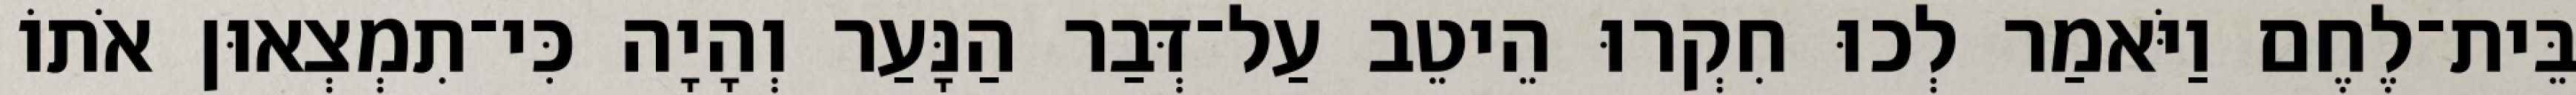
בֵּית־לֶחֶם וַיֹּאמַר לְכוּ חִקְרוּ הֵיטֵב עַל־דְּבַר הַנָּעַר וְהָיָה כִּי־תִמְצְאוּן אֹתוֹ